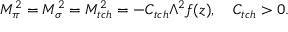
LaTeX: M _ { \pi } ^ { 2 } = M _ { \sigma } ^ { 2 } = M _ { t c h } ^ { 2 } = - C _ { t c h } \Lambda ^ { 2 } f ( z ) , \quad C _ { t c h } > 0 .